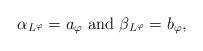
LaTeX: \begin{align*}\alpha_{L^{\varphi}}=a_{\varphi}\ {\rm and\ } \beta_{L^{\varphi}}=b_{\varphi},\end{align*}